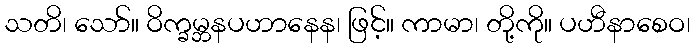
သတိ၊ သော်။ ဝိက္ခမ္ဘနပဟာနေန၊ ဖြင့်။ ကာမာ၊ တို့ကို။ ပဟီနာစေဝ၊